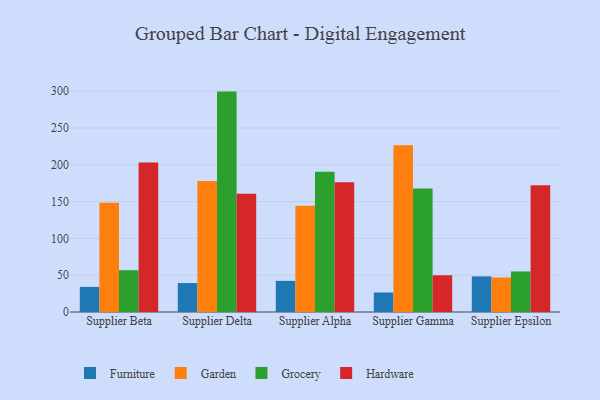
{"axis": {"x": "Supplier", "y": "Budget (USD K)"}, "legend": ["Furniture", "Garden", "Grocery", "Hardware"], "data": [{"x": "Supplier Beta", "y": 34.1, "type": "Furniture"}, {"x": "Supplier Beta", "y": 148.5, "type": "Garden"}, {"x": "Supplier Beta", "y": 56.8, "type": "Grocery"}, {"x": "Supplier Beta", "y": 203.2, "type": "Hardware"}, {"x": "Supplier Delta", "y": 39.3, "type": "Furniture"}, {"x": "Supplier Delta", "y": 178.0, "type": "Garden"}, {"x": "Supplier Delta", "y": 299.4, "type": "Grocery"}, {"x": "Supplier Delta", "y": 160.8, "type": "Hardware"}, {"x": "Supplier Alpha", "y": 42.3, "type": "Furniture"}, {"x": "Supplier Alpha", "y": 144.5, "type": "Garden"}, {"x": "Supplier Alpha", "y": 190.4, "type": "Grocery"}, {"x": "Supplier Alpha", "y": 176.2, "type": "Hardware"}, {"x": "Supplier Gamma", "y": 26.5, "type": "Furniture"}, {"x": "Supplier Gamma", "y": 226.6, "type": "Garden"}, {"x": "Supplier Gamma", "y": 167.6, "type": "Grocery"}, {"x": "Supplier Gamma", "y": 49.9, "type": "Hardware"}, {"x": "Supplier Epsilon", "y": 48.4, "type": "Furniture"}, {"x": "Supplier Epsilon", "y": 46.9, "type": "Garden"}, {"x": "Supplier Epsilon", "y": 55.1, "type": "Grocery"}, {"x": "Supplier Epsilon", "y": 172.1, "type": "Hardware"}]}